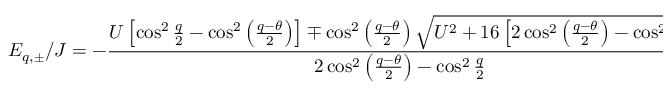
E _ { q , \pm } / J = - \frac { U \left[ \cos ^ { 2 } \frac { q } { 2 } - \cos ^ { 2 } \left( \frac { q - \theta } { 2 } \right) \right] \mp \cos ^ { 2 } \left( \frac { q - \theta } { 2 } \right) \sqrt { U ^ { 2 } + 1 6 \left[ 2 \cos ^ { 2 } \left( \frac { q - \theta } { 2 } \right) - \cos ^ { 2 } \frac { q } { 2 } \right] } } { 2 \cos ^ { 2 } \left( \frac { q - \theta } { 2 } \right) - \cos ^ { 2 } \frac { q } { 2 } } .